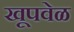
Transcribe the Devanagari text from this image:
खूपवेळ